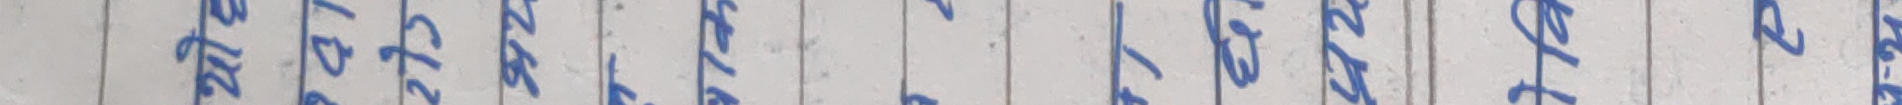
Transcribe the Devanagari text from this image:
लेखाउनु